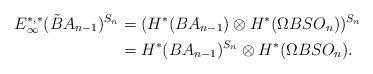
LaTeX: \begin{align*}E_\infty^{*,*}(\tilde{B}A_{n-1})^{S_n}&=(H^{*}({B}A_{n-1} ) \otimes H^{*}({\Omega BSO_n}))^{S_n} \\ & =H^{*}({B}A_{n-1} )^{S_n} \otimes H^{*}({\Omega BSO_n}). \end{align*}